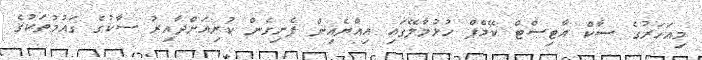
މިއަހަރުގެ ސާކް އާޓިސްޓް ކޭމްޕް ހުޅުމާލޭގައި އިއްޔެއިން ފެށިގެން ކުރިއަށްދާއިރު ސާކުގެ ގައުމުތަކުގެ